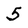
Character: 5